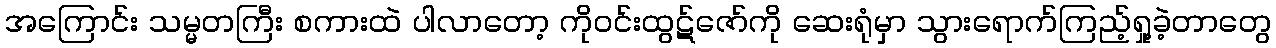
အကြောင်း သမ္မတကြီး စကားထဲ ပါလာတော့ ကိုဝင်းထွဋ်ဇော်ကို ဆေးရုံမှာ သွားရောက်ကြည့်ရှု့ခဲ့တာတွေ